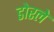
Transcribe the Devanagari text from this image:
डोरले